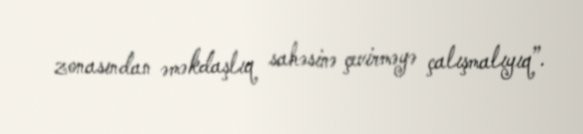
zonasından əməkdaşlıq sahəsinə çevirməyə çalışmalıyıq”.